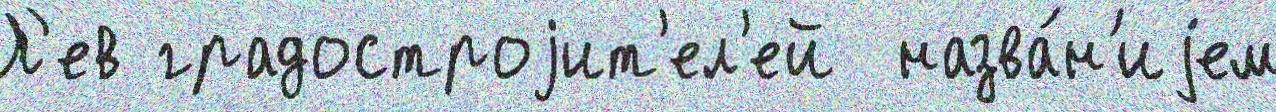
Л'ев градостроjит'ел'ей  назва́н'иjем